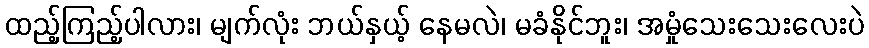
ထည့်ကြည့်ပါလား၊ မျက်လုံး ဘယ်နှယ့် နေမလဲ၊ မခံနိုင်ဘူး၊ အမှုံသေးသေးလေးပဲ